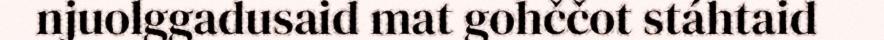
njuolggadusaid mat gohččot stáhtaid